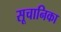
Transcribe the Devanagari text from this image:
सूचानिका